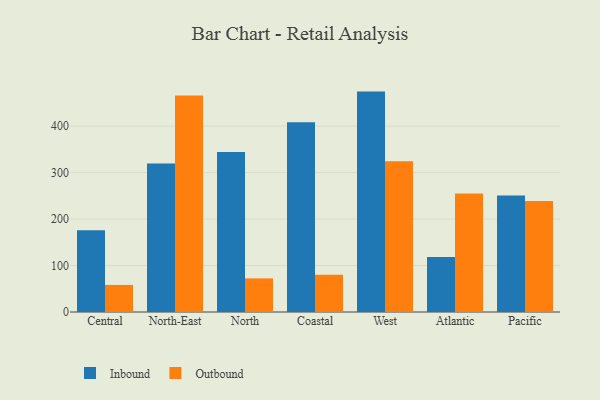
{"axis": {"x": "Region", "y": "Bounce Rate (%)"}, "legend": ["Inbound", "Outbound"], "data": [{"x": "Central", "y": 175.7, "type": "Inbound"}, {"x": "Central", "y": 58.2, "type": "Outbound"}, {"x": "North-East", "y": 319.3, "type": "Inbound"}, {"x": "North-East", "y": 465.8, "type": "Outbound"}, {"x": "North", "y": 344.2, "type": "Inbound"}, {"x": "North", "y": 72.3, "type": "Outbound"}, {"x": "Coastal", "y": 408.4, "type": "Inbound"}, {"x": "Coastal", "y": 80.0, "type": "Outbound"}, {"x": "West", "y": 474.2, "type": "Inbound"}, {"x": "West", "y": 324.5, "type": "Outbound"}, {"x": "Atlantic", "y": 118.4, "type": "Inbound"}, {"x": "Atlantic", "y": 255.1, "type": "Outbound"}, {"x": "Pacific", "y": 250.5, "type": "Inbound"}, {"x": "Pacific", "y": 238.7, "type": "Outbound"}]}